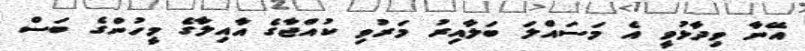
އޭނާ ވިދާޅުވީ އެ މަސައްލަ ބަލާއިރު މަރުވި ކުއްޖާގެ އާއިލާގެ މީހުންގެ ބަސް